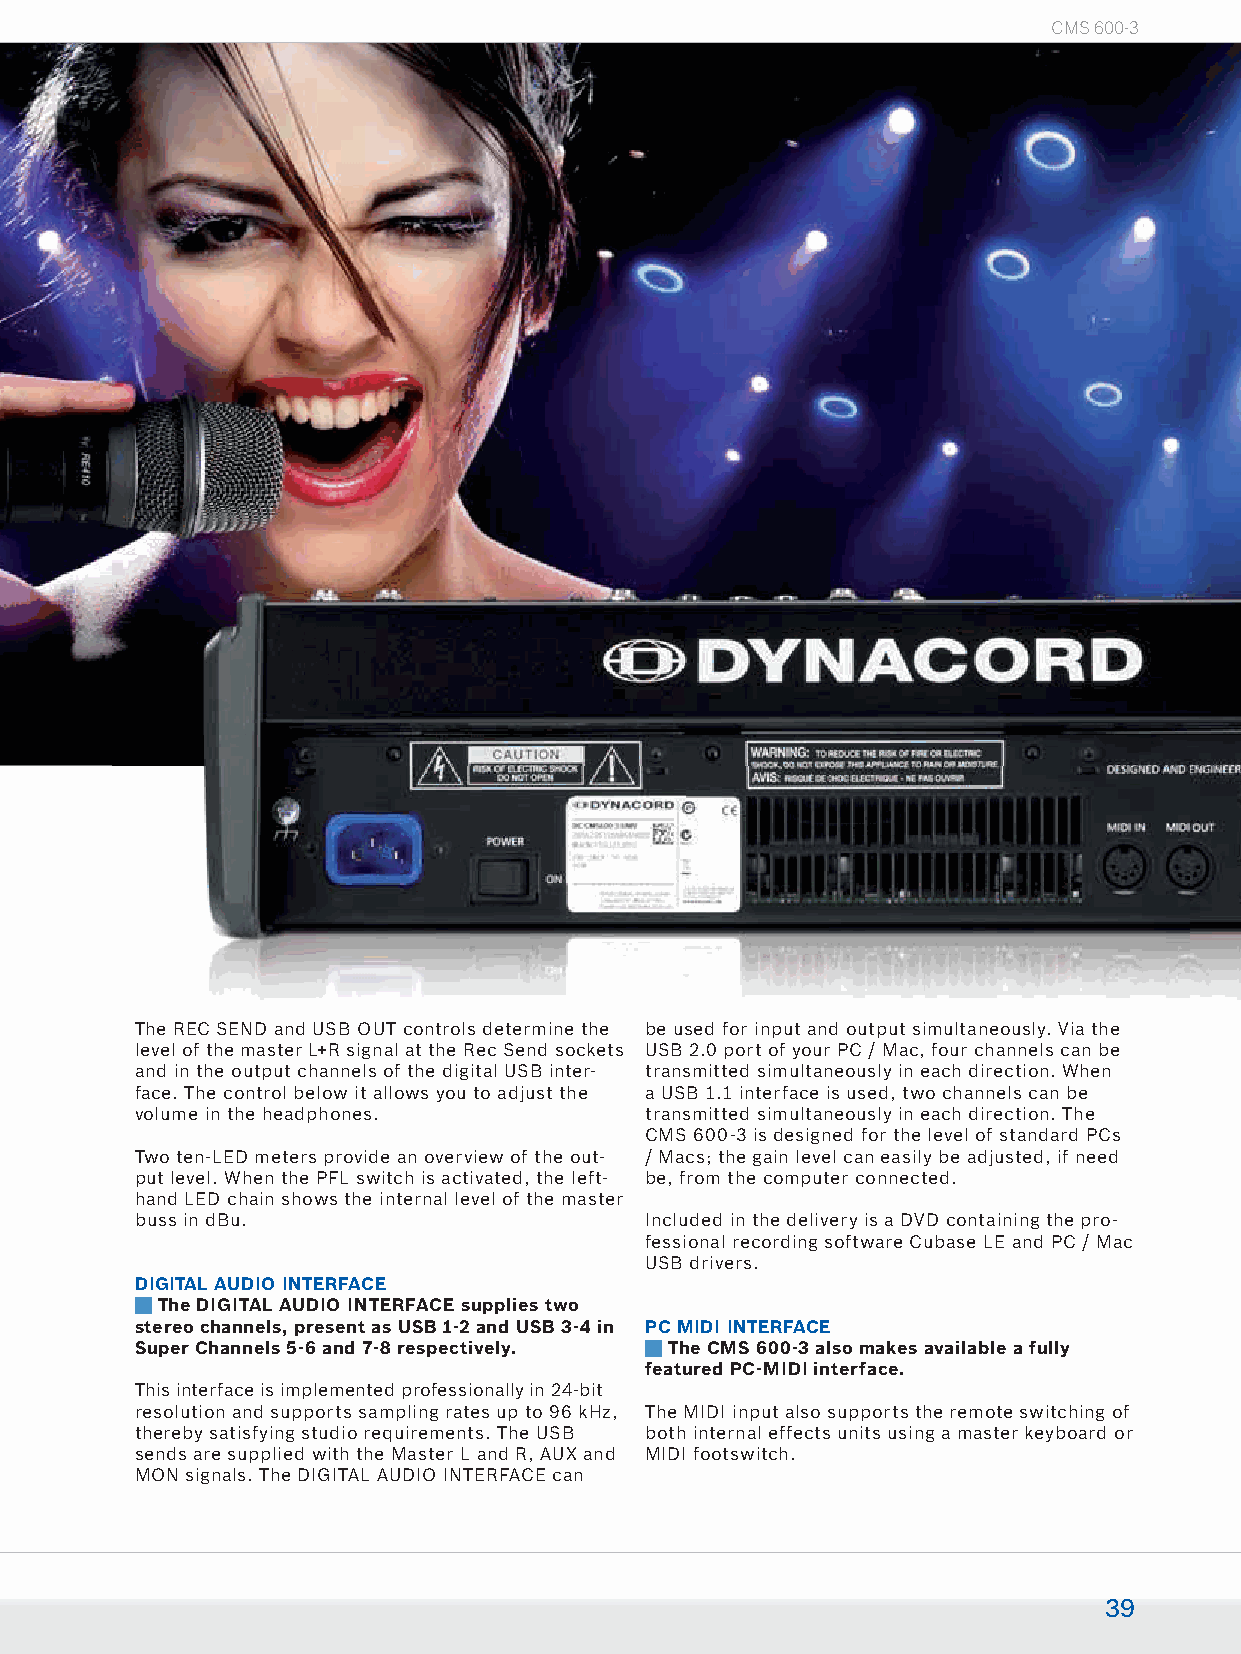
CMS 600-3
 The REC SEND and USB OUT controls determine the be used for input and output simultaneously. Via the
 level of the master L+R signal at the Rec Send sockets USB 2.0 port of your PC / Mac, four channels can be
 and in the output channels of the digital USB inter- transmitted simultaneously in each direction. When
 face. The control below it allows you to adjust the a USB 1.1 interface is used, two channels can be
 volume in the headphones.         transmitted simultaneously in each direction. The
 CMS 600-3 is designed for the level of standard PCs
 Two ten-LED meters provide an overview of the out- / Macs; the gain level can easily be adjusted, if need
 put level. When the PFL switch is activated, the left- be, from the computer connected.
 hand LED chain shows the internal level of the master
 buss in dBu.                      Included in the delivery is a DVD containing the pro-
 fessional recording software Cubase LE and PC / Mac
 USB drivers.
 DIGITAL AUDIO INTERFACE
 The DIGITAL AUDIO INTERFACE supplies two
 stereo channels, present as USB 1-2 and USB 3-4 in PC MIDI INTERFACE
 Super Channels 5-6 and 7-8 respectively. The CMS 600-3 also makes available a fully
 featured PC-MIDI interface.
 This interface is implemented professionally in 24-bit
 resolution and supports sampling rates up to 96 kHz, The MIDI input also supports the remote switching of
 thereby satisfying studio requirements. The USB both internal effects units using a master keyboard or
 sends are supplied with the Master L and R, AUX and MIDI footswitch.
 MON signals. The DIGITAL AUDIO INTERFACE can
 39